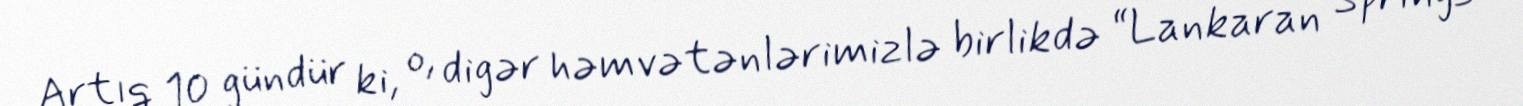
Artıq 10 gündür ki, o, digər həmvətənlərimizlə birlikdə “Lankaran Springs